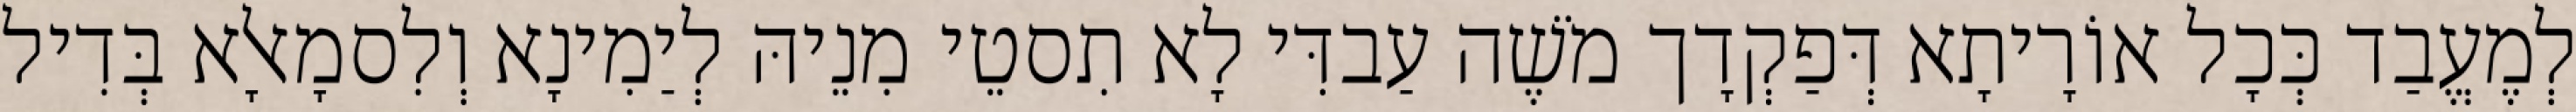
לְמֶעֱבַד כְּכָל אוֹרָיתָא דְּפַקְדָך מֹשֶׁה עַבדִּי לָא תִסטֵי מִנֵיהּ לְיַמִינָא וְלִסמָאלָא בְּדִיל